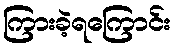
ကြားခဲ့ရကြောင်း